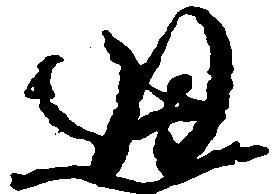
通